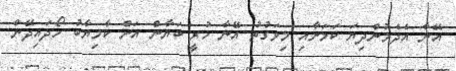
އޭނާ އެދެމުންދިޔަ ކަމަށާއި މިވަގުތު އޭނާ ހުރީ ބަޔާން އަށް ކާމިޔާބު ހޯދައިދޭން